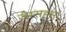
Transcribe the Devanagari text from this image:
जेम्सहस